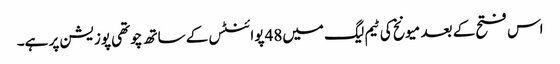
اس فتح کے بعد میونخ کی ٹیم لیگ میں48 پوائنٹس کے ساتھ چوتھی پوزیشن پر ہے۔